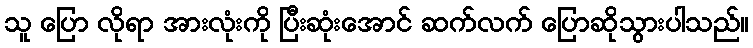
သူ ပြော လိုရာ အားလုံးကို ပြီးဆုံးအောင် ဆက်လက် ပြောဆိုသွားပါသည်။